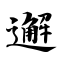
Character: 邂